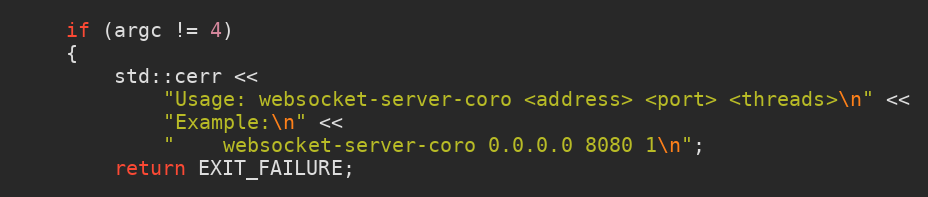
Language: C++
    if (argc != 4)
    {
        std::cerr <<
            "Usage: websocket-server-coro <address> <port> <threads>\n" <<
            "Example:\n" <<
            "    websocket-server-coro 0.0.0.0 8080 1\n";
        return EXIT_FAILURE;